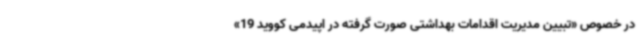
در خصوص «تبیین مدیریت اقدامات بهداشتی صورت گرفته در اپیدمی کووید 19»